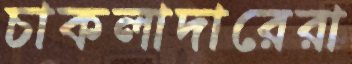
চাকলাদারেরা